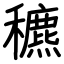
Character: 穮